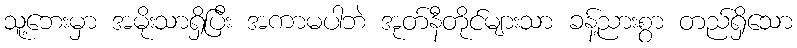
သူ့ဘေးမှာ အမိုးသာရှိပြီး အကာမပါဘဲ အုတ်နီတိုင်များသာ ခန့်ညားစွာ တည်ရှိသော